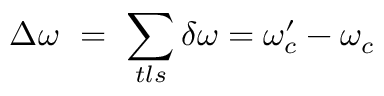
\Delta \omega \ = \ \sum _ { t l s } \delta \omega = \omega _ { c } ^ { \prime } - \omega _ { c }